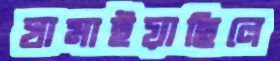
ঘামাইয়াছিলে